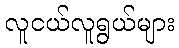
လူငယ်လူရွယ်များ